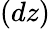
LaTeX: (dz)